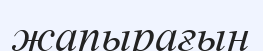
жапырағын